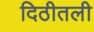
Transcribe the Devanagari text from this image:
दिठीतली